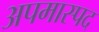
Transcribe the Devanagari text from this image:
अपमास्पद